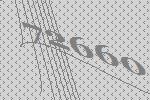
72660